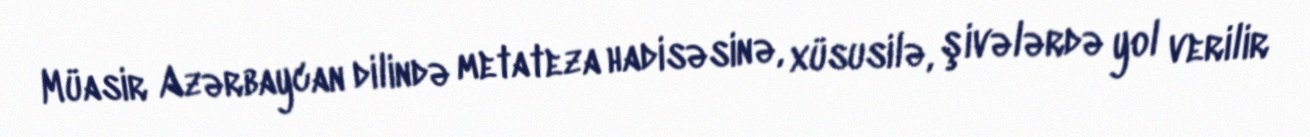
Müasir Azərbaycan dilində metateza hadisəsinə, xüsusilə, şivələrdə yol verilir